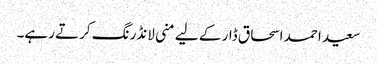
سعید احمد اسحاق ڈار کے لیے منی لانڈرنگ کرتے رہے۔